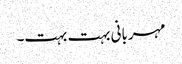
مہربانی بہت بہت۔